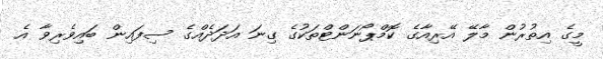
މީގެ އިތުރުން މާލޭ އޭރިއާގެ ކޮމްޕޯނަންޓްތަކުގެ ގިނަ އަދަދެއްގެ ސިފައިން ބައިވެރިވާ އެ